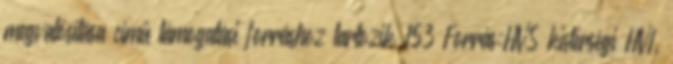
megvalósítása című támogatási forráshoz tartozik 153 Forrás:HVS kistérségi HVI,